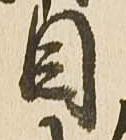
目